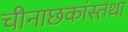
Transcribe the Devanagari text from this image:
चीनाछकांस्तथा